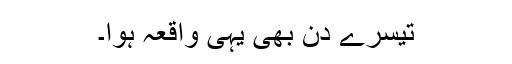
تیسرے دن بھی یہی واقعہ ہوا۔